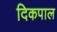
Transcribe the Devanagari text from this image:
दिकपाल